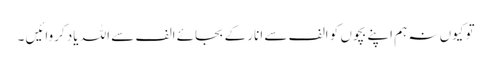
تو کیوں نہ ہم اپنے بچوں کو الف سے انار کے بجائے الف سے اللہ یاد کروائیں ۔